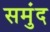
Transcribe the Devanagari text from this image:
समुंद